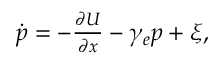
\begin{array} { r } { \dot { p } = - \frac { \partial U } { \partial x } - \gamma _ { e } p + \xi , } \end{array}